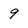
Character: 9